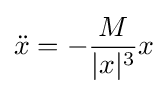
{\ddot {x}}=-{\frac {M}{|x|^{3}}}x